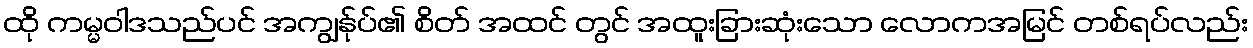
ထို ကမ္မဝါဒသည်ပင် အကျွန်ုပ်၏ စိတ် အထင် တွင် အထူးခြားဆုံးသော လောကအမြင် တစ်ရပ်လည်း